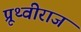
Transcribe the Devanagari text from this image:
प्रूथ्‍वीराज